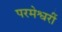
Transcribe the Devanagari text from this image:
परमेश्वरीं